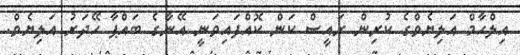
އިލްހާމް އަލިޔެވްގެ ކުރިން ރައީސް ކަން ކޮއްފައިވަނީ އޭނާގެ ބައްޕާ ހޭދަރު އަލިޔެވް.